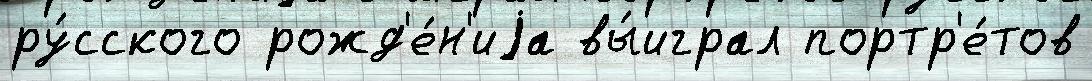
ру́сского рожд'е́н'иjа вы́играл портр'е́тов